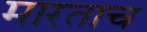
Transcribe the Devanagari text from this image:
मारताच